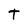
Character: t